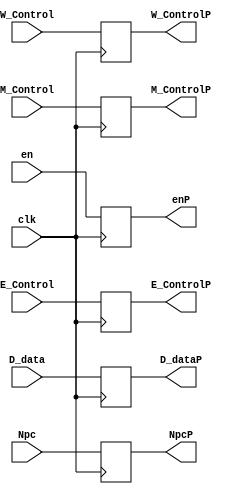
module D_E(clk,en,Npc,E_Control,M_Control,W_Control,D_data,enP,NpcP,E_ControlP,M_ControlP,W_ControlP,D_dataP);

input clk,en,M_Control;
input [1:0] W_Control;
input [5:0] E_Control;
input [15:0] Npc;
input [47:0] D_data;
output reg  enP,M_ControlP;
output reg [1:0] W_ControlP;
output reg[5:0] E_ControlP;
output reg[15:0] NpcP;
output reg[47:0] D_dataP;

always @(posedge clk)
begin
enP=en;
M_ControlP=M_Control;
W_ControlP=W_Control;
E_ControlP=E_Control;
NpcP=Npc;
D_dataP=D_data;
end
endmodule